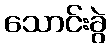
သောင်းခွဲ